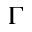
\Gamma